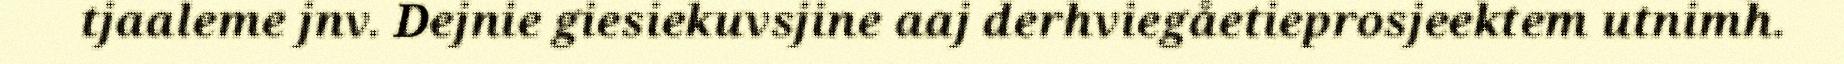
tjaaleme jnv. Dejnie giesiekuvsjine aaj derhviegåetieprosjeektem utnimh.